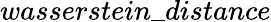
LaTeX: wasserstein\_ distance